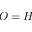
O = H